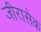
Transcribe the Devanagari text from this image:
जीरासेक